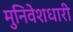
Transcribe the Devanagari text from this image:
मुनिवेशधारी